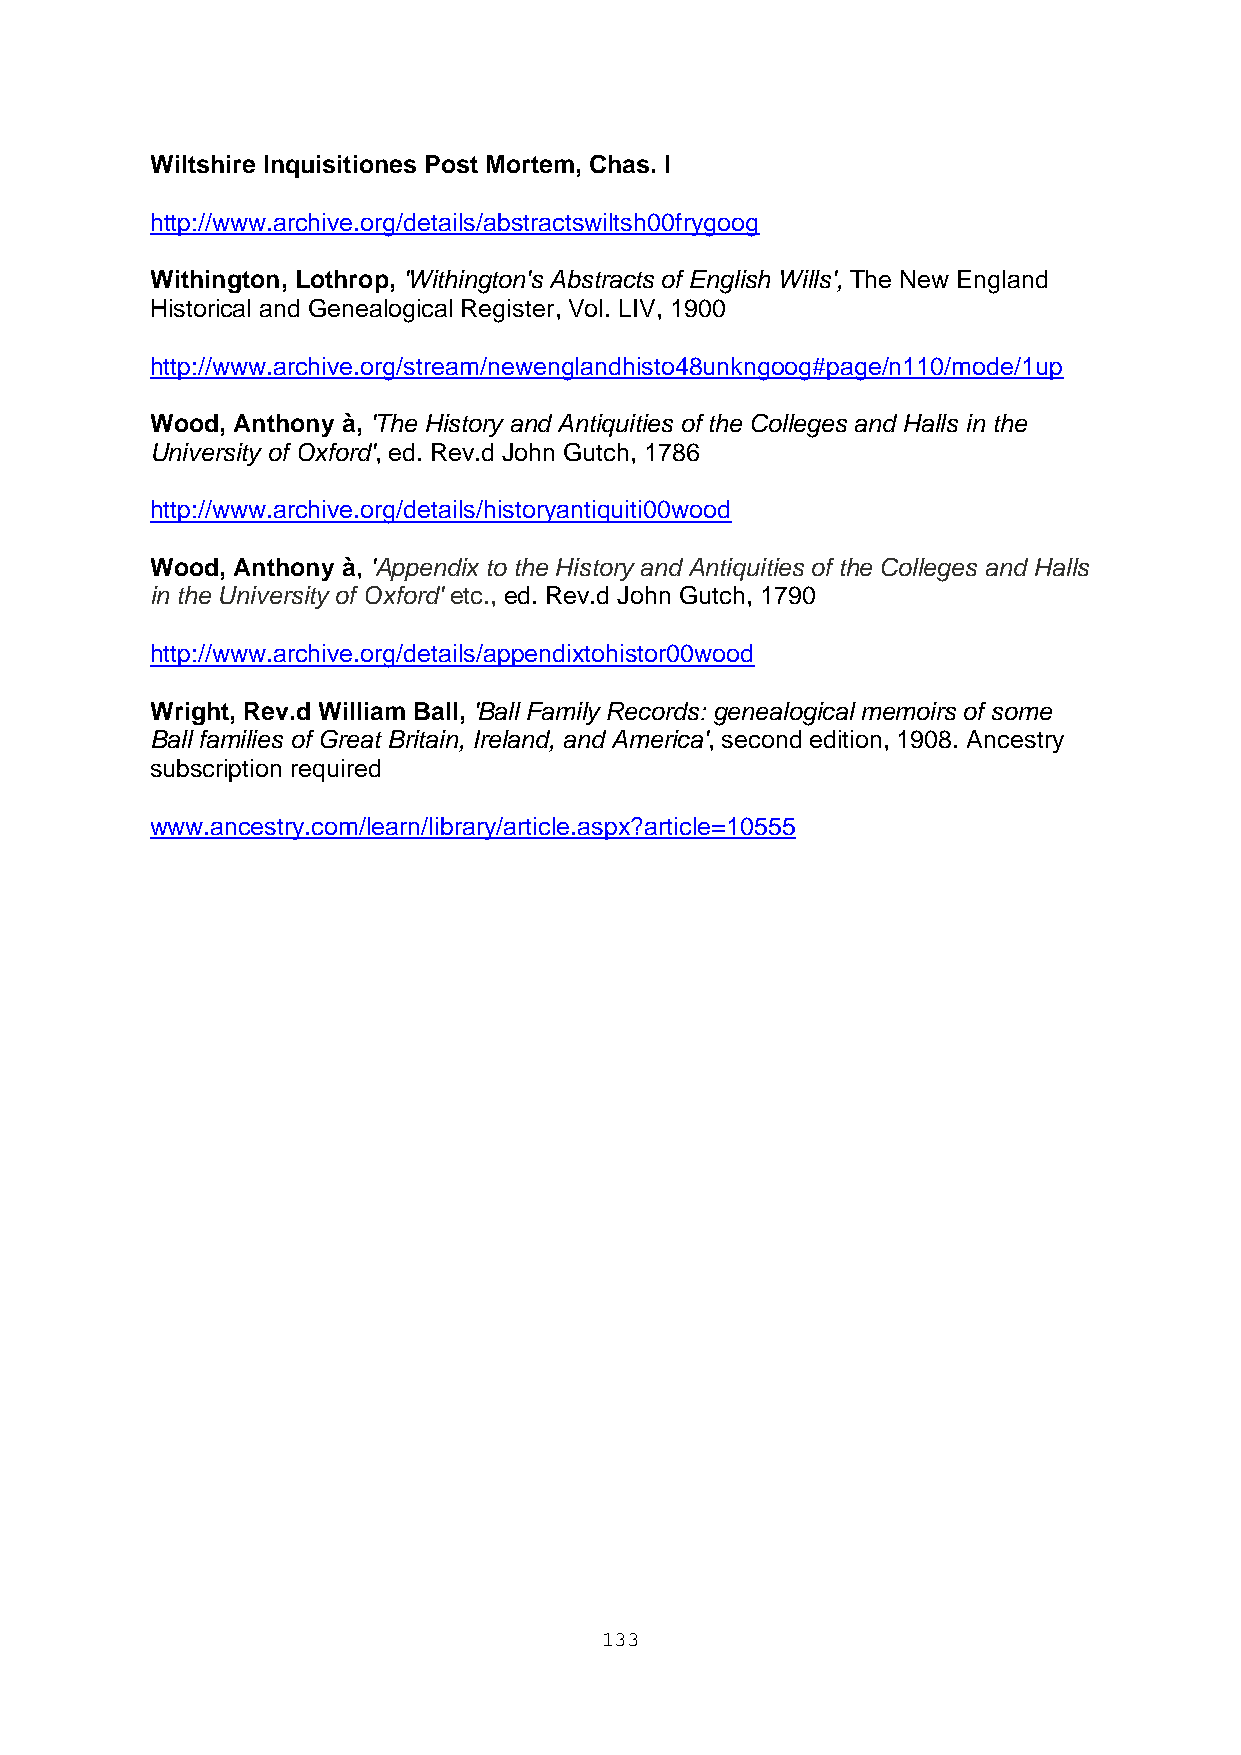
Wiltshire Inquisitiones Post Mortem, Chas. I
 http://www.archive.org/details/abstractswiltsh00frygoog
 Withington, Lothrop, 'Withington's Abstracts of English Wills', The New England
 Historical and Genealogical Register, Vol. LIV, 1900
 http://www.archive.org/stream/newenglandhisto48unkngoog#page/n110/mode/1up
 Wood, Anthony à, 'The History and Antiquities of the Colleges and Halls in the
 University of Oxford', ed. Rev.d John Gutch, 1786
 http://www.archive.org/details/historyantiquiti00wood
 Wood, Anthony à, 'Appendix to the History and Antiquities of the Colleges and Halls
 in the University of Oxford' etc., ed. Rev.d John Gutch, 1790
 http://www.archive.org/details/appendixtohistor00wood
 Wright, Rev.d William Ball, 'Ball Family Records: genealogical memoirs of some
 Ball families of Great Britain, Ireland, and America', second edition, 1908. Ancestry
 subscription required
 www.ancestry.com/learn/library/article.aspx?article=10555
 133